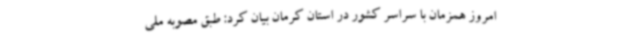
امروز همزمان با سراسر کشور در استان کرمان بیان کرد: طبق مصوبه ملی